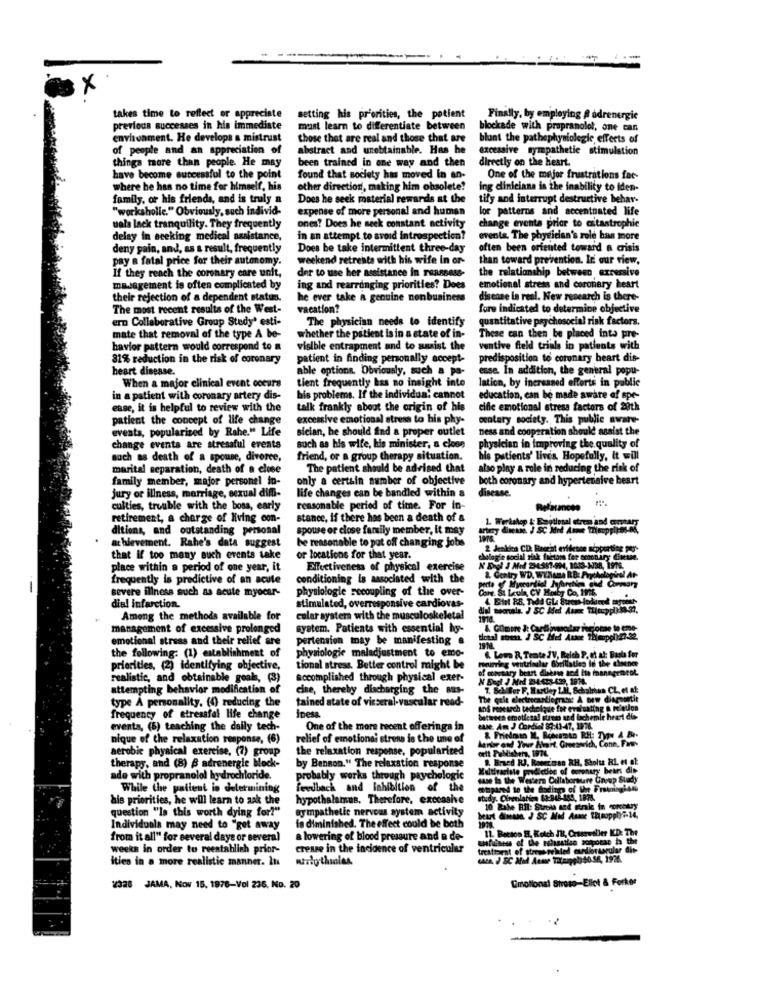
x
takes time to reflect or appreciate
setting his priorities, the potient
Finally, by employing # adrenergic
previous successes in his immediate
must learn to differentiate between
blockade with propranolol, one can
environment. He develops a mistrust
those that are real and those that are
blant the pathophysiologie effects of
of people and an appreciation of
abstract and unobtainable. Has he
excessive sympathetic stimulation
things tmore than people. He may
been trained in one way and then
directly on the heart.
have become successful to the point
found that society has moved in an-
One of the mejor frustrations fac-
where he has no time for himself, his
other direction, making him obsolete!
ing clinicians in the inability to iden-
family, or his friends, and is truly a
Does he seek material rewards at the
tify and interrupt destructive behar-
"workaholic." Obviously, such individ-
expense of more personal and human
lor patterns and accentnated life
change events prior to catastrophic
uala lack tranquility. They frequently
ones? Does he seck constant activity
delay in seeking medical assistance,
in an attempt to avoid Introspection?
events. The physician's role has more
deny pain, and, as a result, frequently
Does be take intermittent three-day
often been oriented toward a crisis
pay a fatal price for their autonomy.
weekend retreats with his wife In or-
than toward prevention. In our view.
der to use her assistance in reassess-
the relationship between excessive
If they reach the coronary care unit,
masagement is often complicated by
ing and rearranging priorities? Does
emotional stress and coronary heart
their rejection of a dependent status.
he ever take a genuine nonbusiness
disease La real. New research is there-
The most recent results of the West-
vacation?
fore indicated to determine objective
ern Collaborative Group Stedy' esti-
The physician needs to identify
quantitative psychosocial risk factors.
mate that removal of the type A be-
whether the patient is in a state of in-
These can then be placed into pre-
havior pattern would correspond to a
visible entrapment and to assist the
ventive field trials in patients with
81% reduction in the risk of coronary
patient in finding personally accept-
predisposition to coronary heart dis-
heart disease.
able options. Obviously, such a po-
esse. In addition, the general popu-
When a major clinical event occurs
tient frequently has no insight into
lation, by increased efforts in public
in a patient with coronary artery dis-
bis problems. If the individua. cannot
education, can be made aware of spe-
esse, it is helpful to review with the
talk frankly about the origin of his
cific emotional stress factors of 20th
patient the concept of life change
excessive emotional stress to his phy-
centery society. This public aware-
events, popularized by Rahe." Life
Bician, he should find a proper outlet
ness and cooperation should assist the
change events are stressful events
such as his wife, his minister, a close
physician in improving the quality of
noch as death of a spouse, divorce,
friend, or a group therapy situation.
his patients' lives. Hopefully, it will
marital separation, death of a close
The patient should be advised that
also play a role in reducing the risk of
family member, major personel in-
only a certain number of objective
both coronary and hypertensive beart
life changes can be handled within a
disease.
jury or illness, marriage, sexual diffi-
culties, trouble with the boss, early
reasonable period of time. For in-
Rel'auances
retirement, a charge of living con-
stance, if there has been a death of &
ditions, and outstanding personal
spouse or close family member, It may
achievement. Rahe's data suggest
be reasonable to put off changing jobs
that if too many auch events take
or locations for that year.
hologie social risk factors for noniry Ense.
place within a period of one year, it
Effectiveness of physical exercise
frequently is predictive of an acute
conditioning is associated with the
2. Gentry WD. WY.Mama RB: Prythelogical At
-
severe illness such as acute myocar-
physiologie secoupling of the over-
4 Btil 88, Tidd GLa suma-lodund moose
dial infarction.
stimulated, overresponsive cardiovas-
Among the methods available for
colar systems with the musculoskeletal
management of excessive prolonged
system. Patients with essential hy-
&. Colmore 3: Cartinasolar iucionae to eme-
emotional stress and their relief are
pertension may be manifesting &
the following: (1) establishment of
physiologie maladjustment to emo-
Harring ventricular Gorillaties In the choenen
6. Low R. Trate JV, Reich P. et al: Basta for
priorities, (2) identifying objective,
tional stress, Better control might be
of monetary beart diskuse and Ite managenrok.
realistic, and obtainable goals, (3)
accomplished through physical exer-
N Engl J Med 234:423-429, 1914.
attempting behavior modification of
cise, thereby discharging the Bus-
7. Schiller F. Hartley L.M ., Schalrina CL, et f:
type A personality. (0) reducing the
tained state of visseral-vascular read-
The quie electrocardiograma: A brw diagnostit
Ins research technique for evaluating & nietlon
frequency of stressfel life change
Inesa.
between emotieza! stwo and lachenle heart dis
events, (5) teaching the daily tech-
One of the more recent offerings in
Case. Am J Cordial 89:43-47, 1976.
nique of the relaxation response, (6)
relief of emotionai stress is the une of
and Your heart, Groeswrich, Conn, Fan-
aerobic physical exercise, (7) group
the relaxation response, populariced
8. Bred RJ, Roner'msn RH. Sholt RL. et al.
therapy, and (8) B adrenergie Mock-
by Benson." The relaxation response
Multivariate predictthe of coronary beans die
ade with propranolol hydrochloride.
probably works through psychologic
case to the Westera Collaborsure Croup Suady
While the patient in determining
Feedback and inhibition of the
motapared to the hodings of Voor Frowningion
bis priorities, he will learn to ask the
hypothalamus, Therefore, excessive
study. Circulation 63-846 189, 1878.
question "la this worth dying for?"
Sympathetic nervous system activity
10 Rahe RIl: Strola med
heart anta J SC Mid Ausor thsoppiyi-14,
Individuals may need to "get away
fa diminished. The effect could be both
11. Betico E, Koich IR, Crustweller KD: The
from it all" for several days or several
a lowering of blood pressure and a de-
weeks in order to reestablish prior-
crease in the incidence of ventricular
ities in a more realistic manner. It
NiThy throles
Emotional Streso-Ellet & Forker
2328 JAMA, Nov 15. 1976-Vol 236, No. 20